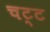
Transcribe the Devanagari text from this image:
चट्ट